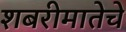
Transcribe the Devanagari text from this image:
शबरीमातेचे